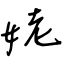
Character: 姥